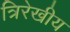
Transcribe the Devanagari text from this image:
त्रिरेखीय